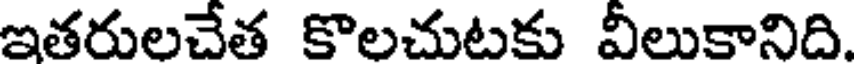
ఇతరులచేత కొలచుటకు వీలుకానిది.